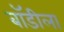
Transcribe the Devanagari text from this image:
बॉडीला